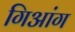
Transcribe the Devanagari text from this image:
गिआंग